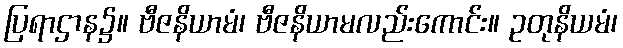
ပြရာဌာန၌။ ဗီဇနိယာမံ၊ ဗီဇနိယာမလည်းကောင်း။ ဥတုနိယမံ၊